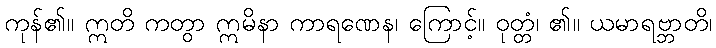
ကုန်၏။ ဣတိ ကတွာ ဣမိနာ ကာရဏေန၊ ကြောင့်။ ဝုတ္တံ၊ ၏။ ယမာရဗ္ဘာတိ၊